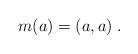
LaTeX: \begin{align*}m(a)=(a,a)\;.\end{align*}